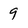
Character: 9